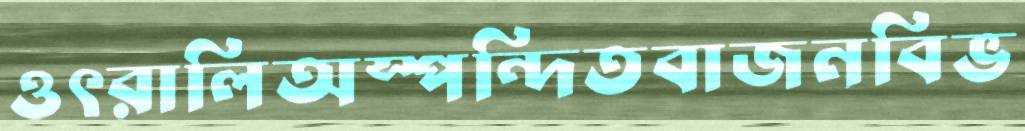
ওৎরালিঅস্পন্দিতবাজনবিভ